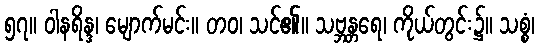
၅၇။ ဝါနရိန္ဒ၊ မျောက်မင်း။ တဝ၊ သင်၏။ သဗ္ဘန္တရေ၊ ကိုယ်တွင်း၌။ သစ္စံ၊